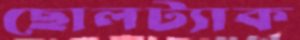
ছোলট্যাক